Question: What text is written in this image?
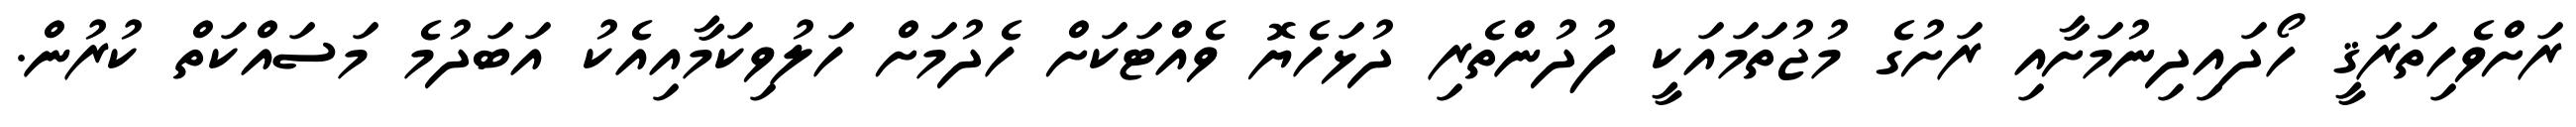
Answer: ރަށްވެހިތަރަޤީ ހޯދައިދިނުމަށާއި ރަށުގެ މުޖުތަމައަކީ ފުދުންތެރި ދުޅަހެޔޮ ވެއްޓަކަށް ހެދުމަށް ހަލުވިކަމާއިއެކު އަބަދުމެ މަސައްކަތް ކުރުން.